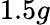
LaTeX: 1.5g